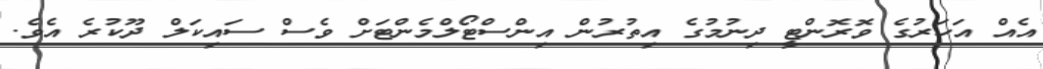
އެއް އަހަރުގެ ވޮރޮންޓީ ދިނުމުގެ އިތުރުން އިންސްޓޯލްމެންޓަށް ވެސް ސައިކަލް ދޫކުރެ އެވެ.